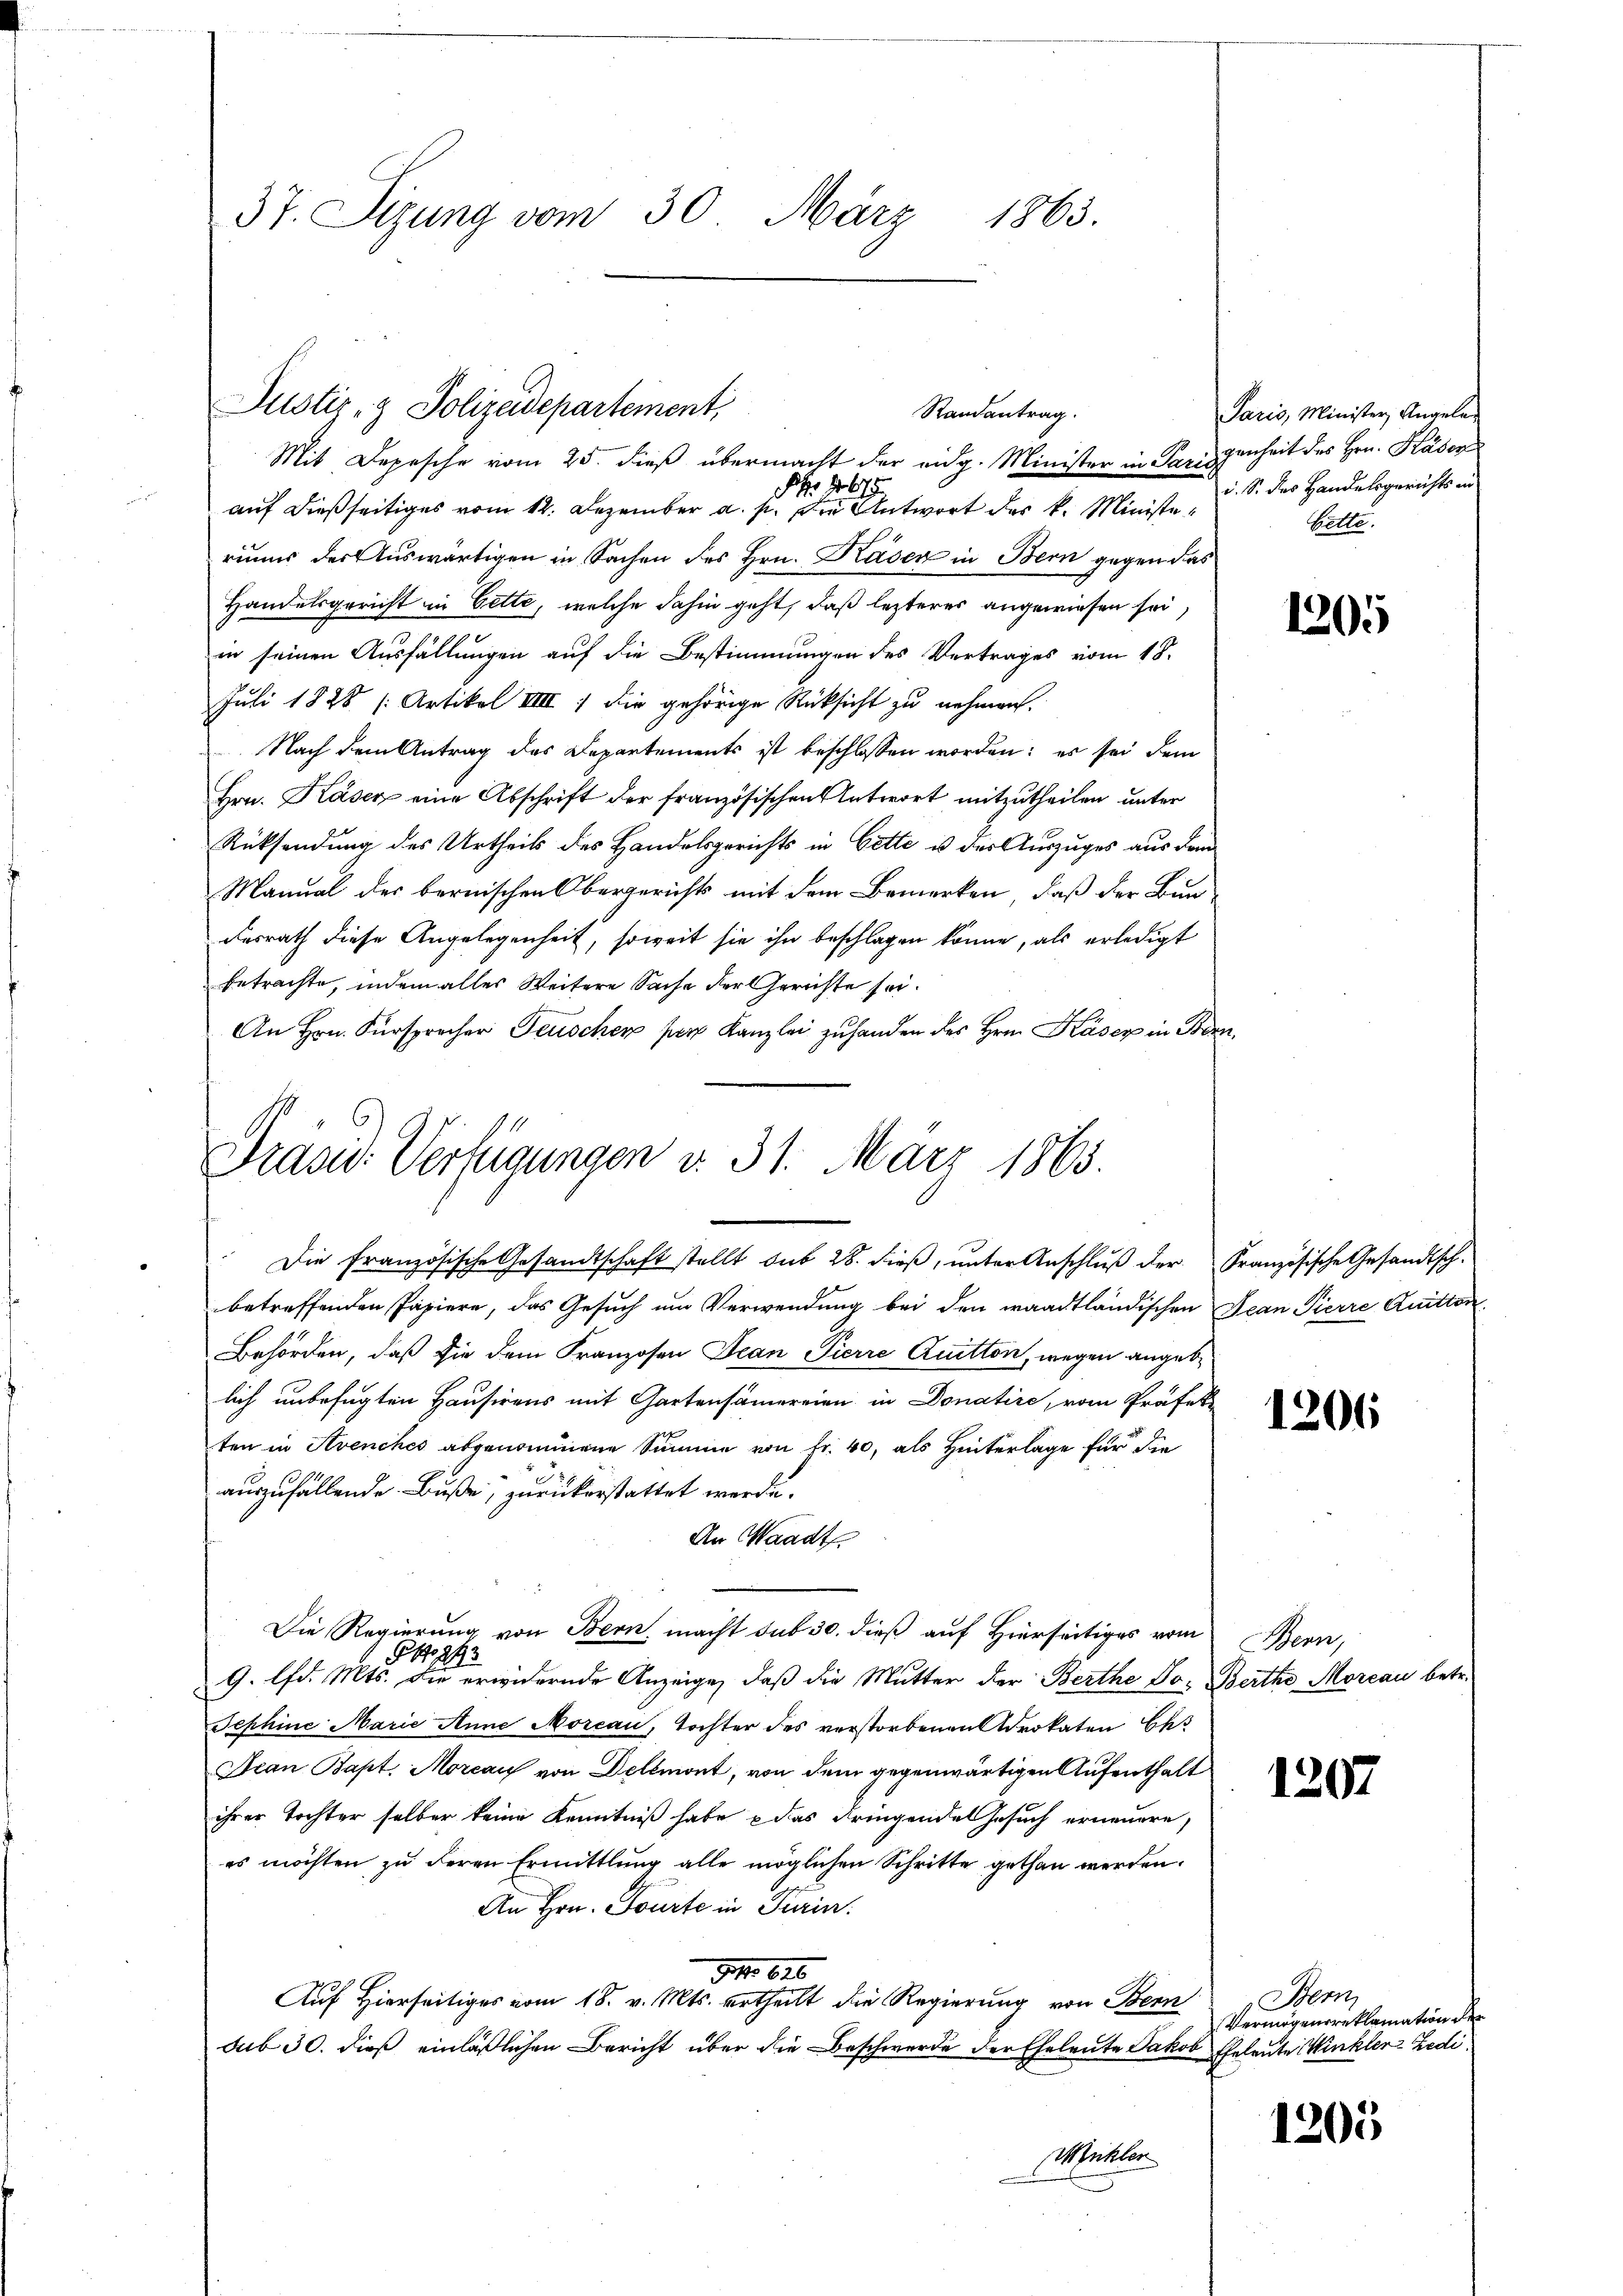
37. Sizung vom 30. März
1863.

Mit Depesche vom 25. dieβ übermacht der eidg. Minister in Parischenheit des Hrn. Kaser
Nr 4675
auf dießseitiges vom 12. Dezember a. p. die Antwort des k. Ministeriums der Auswärtigen in Sachen des Hrn. Kaser in Bern gegen das
Handelsgericht in Cette, welche dahin geht, daß lezteres angewiesen sei,
in seinen Ausfällungen auf die Bestimmungen des Vertrages vom 18.
Juli 1828 [Artikel IIIII) die gehörige Rücksicht zu nehmen.
Nach dem Antrag des Departements ist beschlossen worden; es sei dem
Hrn. Kaser eine Abschrift der französischen Antwort mitzutheilen unter
Rücksendung des Urtheils des Handelsgerichts in Bette u des Auszuges aus dem
Manual der bernischen Obergericht mit dem Bemerken, daß der Bundesrath diese Angelegenheit, soweit sie ihn beschlagen könne, als erledigt
betrachte, indem alles Weitere Sache der Gerichte sei.
An Hrn. Fürsprecher Feuschen pr. Kanzlei zuhanden des Hrn. Kaser in Bern,

Justiz- & Polizeidepartement
Randantrag.

Präsid. Verfügungen v. 31. März 1865.
Die französische Gesandtschaft stellt aus 28. dieβ, ŭnter Anschlŭβ der Französische Gesandtsch-

betreffenden Papiere, das Gesuch um Verwendung bei den waadtländischen Jean Pierre Quitten
Behörden, daß sie dem Franzosen Jean Pierre Quitton, wegen angeblich unbefugten Hausirens mit Gartensamereien in Donatire, vom Präfek
ten in Avenches abgenommene Summe von Fr. 40, als Hinterlage für die
auszufällende Buße, zurükerstattet werde.
An Waadt
Die Regierung von Bern, macht sub 30. dieß auf Hierseitiges vom
Po 293
9. lfd. Mts. die erwidernde Anzeige, daß die Mutter der Berthe Jo. Berthe Moreau betr.
Jephine Marie Anne Moreau, Tochter des verstorbenen Advokaten Ces
Jean Bapt. Morcau von Dellmont, von dem gegenwärtigen Aufenthalt
ihrer Tochter selber keine Kenntniß habe das dringendes Gesuch erneuere,
es möchten zu deren Ermittlung alle möglichen Schritte gethan werden.
An Hrn. Tourte in Turin.
I 626.
Auf Hierseitiges vom 18. v. Mts. ertheilt die Regierung von Bern
sub 30. dieß einläßlichen Bericht über die Beschwerde der Eheleute Jakob Eheleute Winkler Zedi¬
Mühler

Paris, Minister Angeleg
d. S. des Handelsgerichts an
Belle.

1205

1206

Wenn,

1207

Bern
Vermögensreklamation der

1205